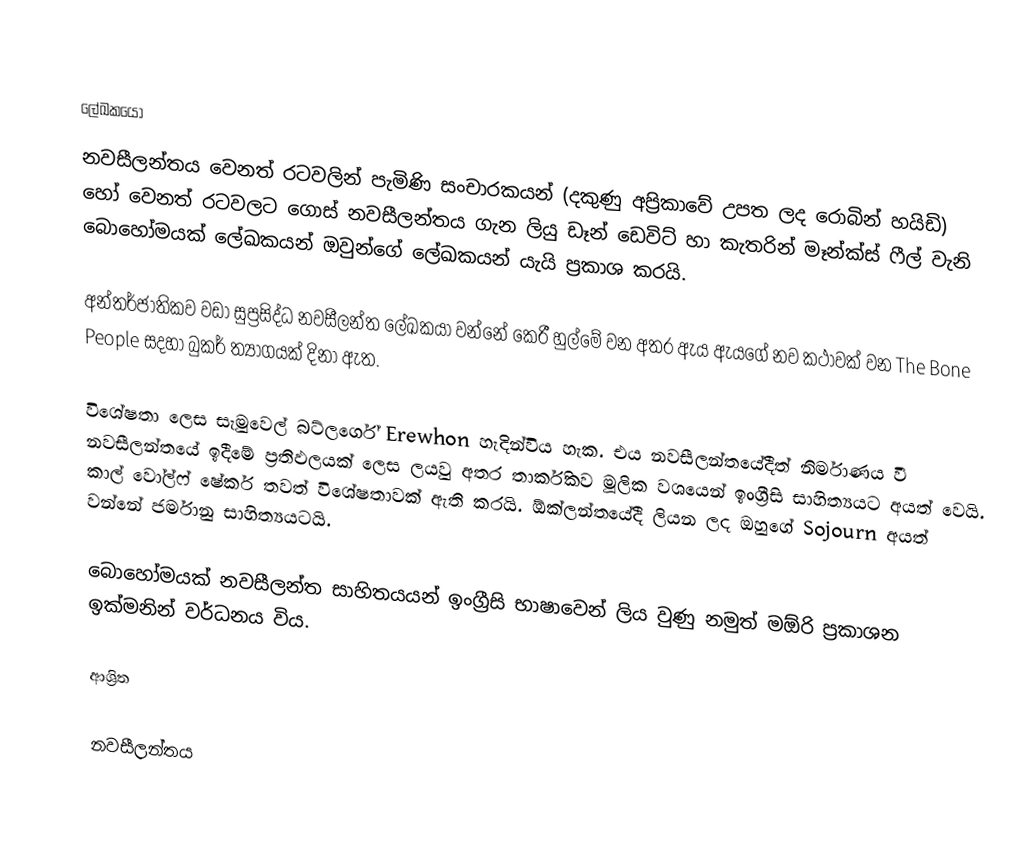

ලේඛකයෝ
නවසීලන්තය වෙනත් රටවලින් පැමිණි සංචාරකයන් (දකුණු අප්‍රිකාවේ උපත ලද රොබින් හයිඩි) හෝ වෙනත් රටවලට ගොස් නවසීලන්තය ගැන ලියු ඩෑන් ඩෙවිට් හා කැතරින් මෑන්ක්ස් ෆීල් වැනි බොහෝමයක් ලේඛකයන් ඔවුන්ගේ ලේඛකයන් යැයි ප්‍රකාශ කරයි.

අන්තර්ජාතිකව වඩා සුප්‍රසිද්ධ නවසීලන්ත ලේඛකයා වන්නේ කෙරී හුල්මේ වන අතර ඇය ඇයගේ  නව කථාවක් වන The Bone People සදහා බුකර් ත්‍යාගයක් දිනා ඇත.

විශේෂතා ලෙස සැමුවෙල් බට්ලර්ගේ Erewhon හැදින්විය හැක. එය නවසීලන්තයේදීත් නිර්මාණය වී නවසීලන්තයේ ඉදීමේ ප්‍රතිඵලයක් ලෙස ලයවු අතර තාර්කිකව මූලික වශයෙන් ඉංග්‍රීසි සාහිත්‍යයට අයත් වෙයි. කාල් වෝල්ෆ් ෂේකර් තවත් විශේෂතාවක් ඇති කරයි. ඕක්ලන්තයේදී ලියන ලද ඔහුගේ Sojourn අයත් වන්නේ ජර්මානු සාහිත්‍යයටයි.

බොහෝමයක් නවසීලන්ත සාහිතයයන් ඉංග්‍රීසි භාෂාවෙන් ලිය වුණු නමුත් මඕරි ප්‍රකාශන ඉක්මනින් වර්ධනය විය.

ආශ්‍රිත

නවසීලන්තය